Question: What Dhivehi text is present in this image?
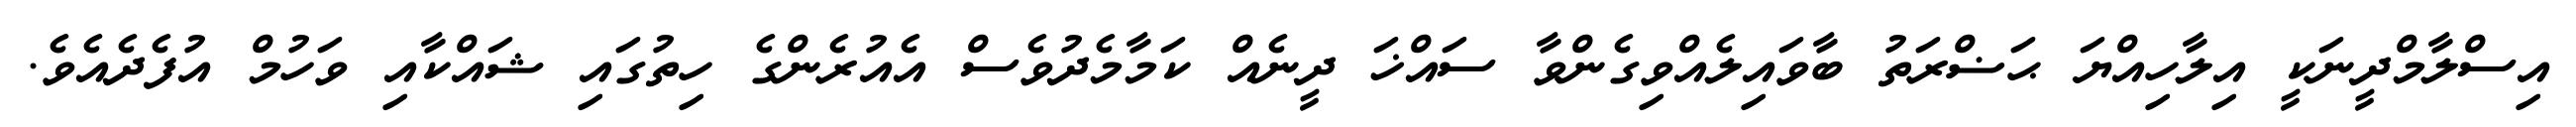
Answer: އިސްލާމްދީނަކީ އިލާހިއްޔަ ޙަޟްރަތު ބާވައިލެއްވިގެންވާ ސައްޚަ ދީނެއް ކަމާމެދުވެސް އެއުރެންގެ ހިތުގައި ޝައްކާއި ވަހުމް އުފެދެއެވެ.